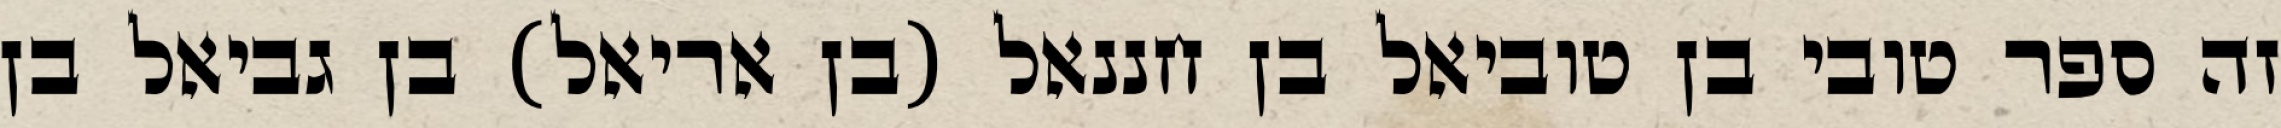
זה ספר טובי בן טוביאל בן חננאל (בן אריאל) בן גביאל בן